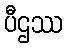
ပီဌဿ